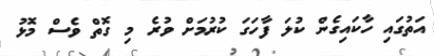
އަތުގައި ހާކައިގެން ކުލަ ފާހަގަ ކުރުމަށް ވުރެ މި ގޮތް ވެސް މޮޅު